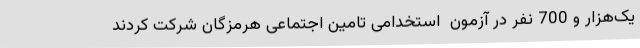
یک‌هزار و 700 نفر در آزمون  استخدامی تامین اجتماعی هرمزگان شرکت کردند